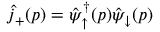
\hat { j } _ { + } ( p ) = \hat { \psi } _ { \uparrow } ^ { \dagger } ( p ) \hat { \psi } _ { \downarrow } ( p )